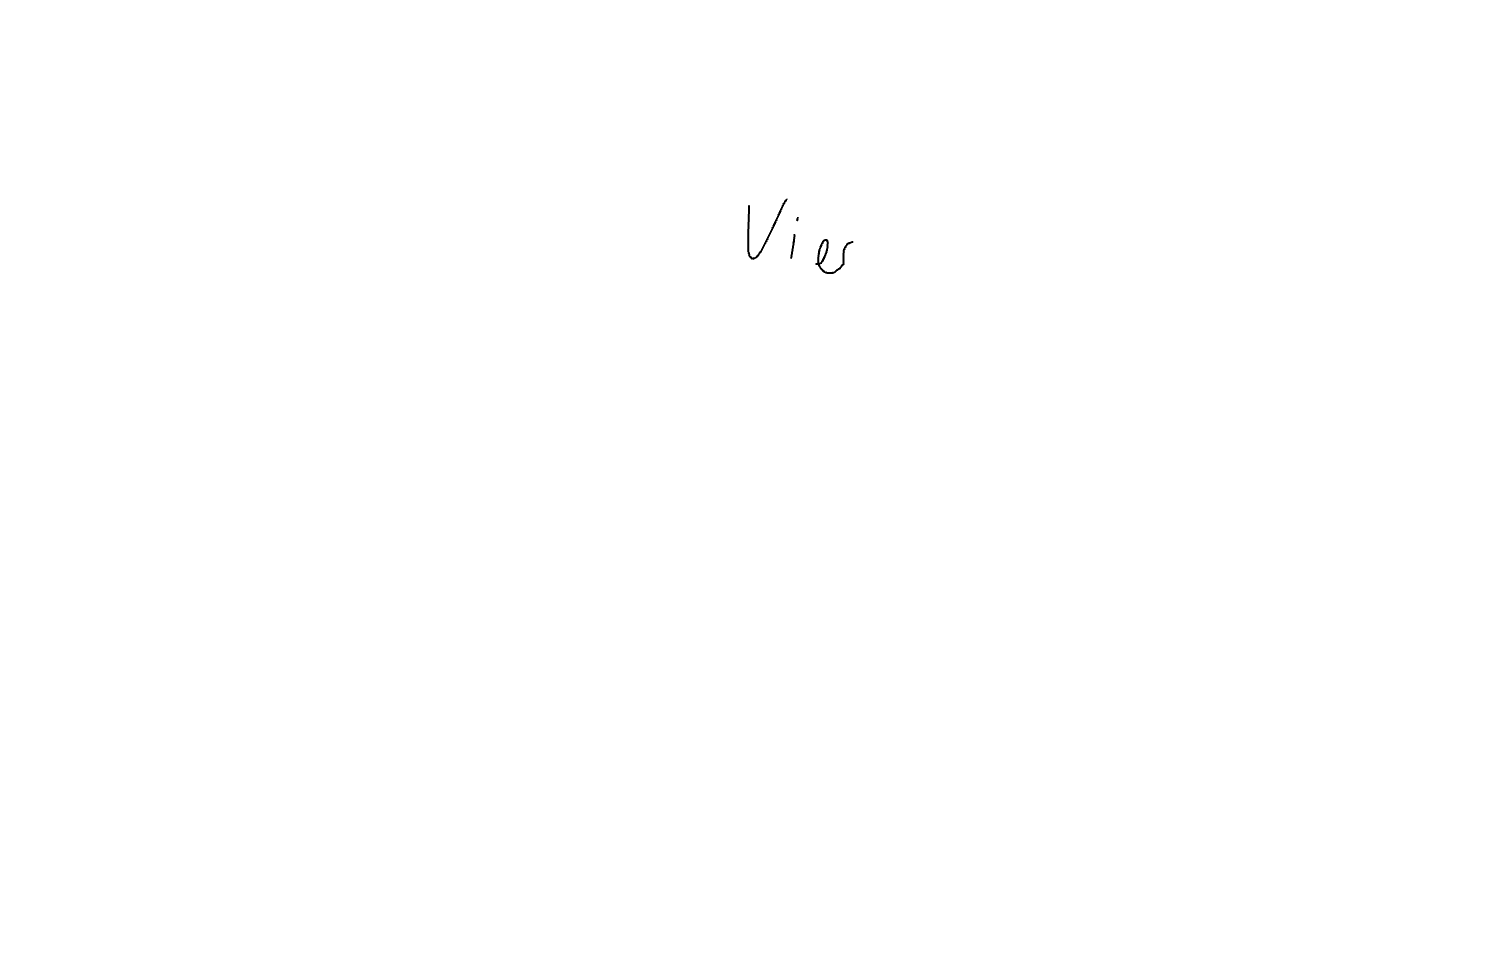
Text: Vier